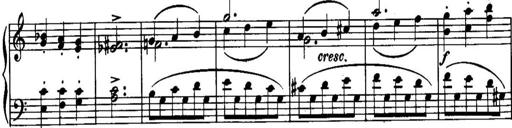
Title: Piano Sonatina No.1, Op.146
Composer: Stephen Heller